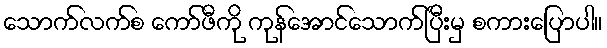
သောက်လက်စ ကော်ဖီကို ကုန်အောင်သောက်ပြီးမှ စကားပြောပါ။